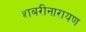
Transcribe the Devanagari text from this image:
शबरीनारायण